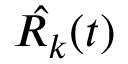
{ \hat { R _ { k } } } ( t )